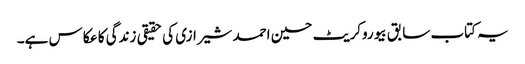
یہ کتاب سابق بیوروکریٹ حسین احمد شیرازی کی حقیقی زندگی کا عکاس ہے۔